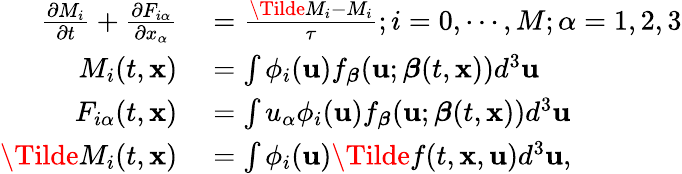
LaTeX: \begin{array}{rl}{\frac{\partial M_{i}}{\partial t}+\frac{\partial F_{i\alpha}}{\partial x_{\alpha}}}&{{}=\frac{\Tilde{M}_{i}-M_{i}}{\tau};i=0,\cdots,M;\alpha=1,2,3}\\ {M_{i}(t,\mathbf{x})}&{{}=\int\phi_{i}(\mathbf{u})f_{\boldsymbol{\beta}}(\mathbf{u};\boldsymbol{\beta}(t,\mathbf{x}))d^{3}\mathbf{u}}\\ {F_{i\alpha}(t,\mathbf{x})}&{{}=\int u_{\alpha}\phi_{i}(\mathbf{u})f_{\boldsymbol{\beta}}(\mathbf{u};\boldsymbol{\beta}(t,\mathbf{x}))d^{3}\mathbf{u}}\\ {\Tilde{M}_{i}(t,\mathbf{x})}&{{}=\int\phi_{i}(\mathbf{u})\Tilde{f}(t,\mathbf{x},\mathbf{u})d^{3}\mathbf{u},}\end{array}